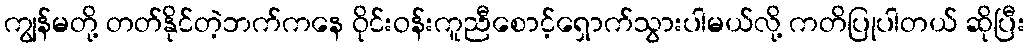
ကျွန်မတို့ တတ်နိုင်တဲ့ဘက်ကနေ ဝိုင်းဝန်းကူညီစောင့်ရှောက်သွားပါမယ်လို့ ကတိပြုပါတယ် ဆိုပြီး